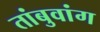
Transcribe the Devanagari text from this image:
तांबुवांग